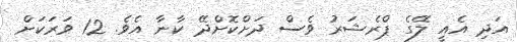
އަދި އެއީ ލޭގެ ޕްރެޝަރު ވެސް ދަށްކޮށްދޭ ކާނާ އެވެ. 12 ވަރަކަށް